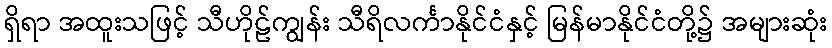
ရှိရာ အထူးသဖြင့် သီဟိုဠ်ကျွန်း သီရိလင်္ကာနိုင်ငံနှင့် မြန်မာနိုင်ငံတို့၌ အများဆုံး